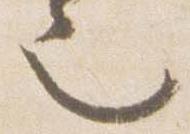
也